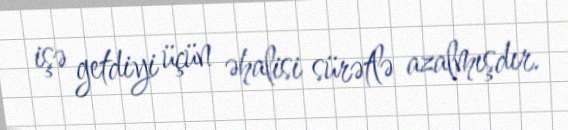
işə getdiyi üçün əhalisi sürətlə azalmışdır.